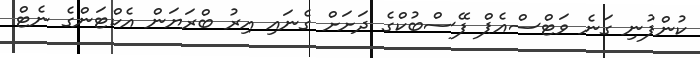
ކުންފުނި ގަނެ ވަޓްސްއެޕް ފޭސްބުކްގެ ދަށަށް ގެނައި އިރު ބްރަޔަން އެކްޓަންގެ ނެޓް